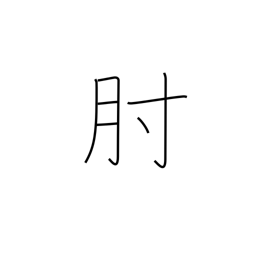
Meaning: arm